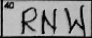
Transcription: RNW